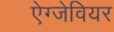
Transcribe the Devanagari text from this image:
ऐग्जेवियर